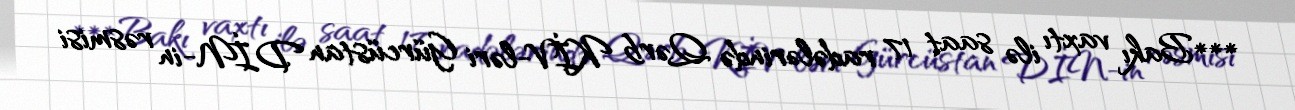
***Bakı vaxtı ilə saat 17 radələrində Qərb KİV-ləri Gürcüstan DİN-in rəsmisi